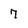
Character: 7